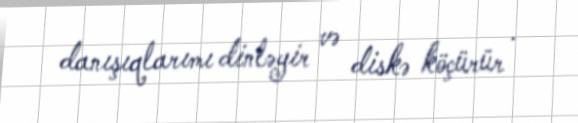
danışıqlarımı dinləyir və diskə köçürür .